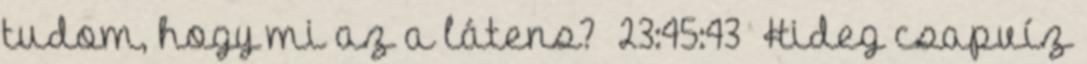
tudom, hogy mi az a látens? 23:45:43 Hideg csapvíz